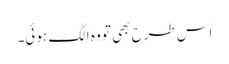
اس طرح بھی تو وہ الگ ہوئی۔